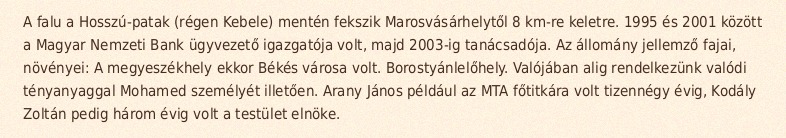
A falu a Hosszú-patak (régen Kebele) mentén fekszik Marosvásárhelytől 8 km-re keletre. 1995 és 2001 között a Magyar Nemzeti Bank ügyvezető igazgatója volt, majd 2003-ig tanácsadója. Az állomány jellemző fajai, növényei: A megyeszékhely ekkor Békés városa volt. Borostyánlelőhely. Valójában alig rendelkezünk valódi tényanyaggal Mohamed személyét illetően. Arany János például az MTA főtitkára volt tizennégy évig, Kodály Zoltán pedig három évig volt a testület elnöke.